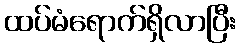
ထပ်မံရောက်ရှိလာပြီး